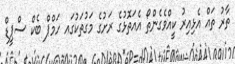
ތާރު ތައް އެޅިއިރު ކީއްވެގެންތޯ އެއަތޮޅުގެ ރަށުގެ މަގުތަކުގައ ހަމްޕް ބެކް ސްޕީޑް